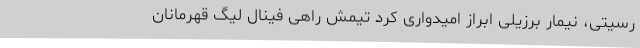
رسیتی، نیمار برزیلی ابراز امیدواری کرد تیمش راهی فینال لیگ قهرمانان